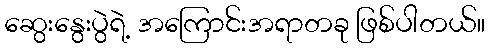
ဆွေးနွေးပွဲရဲ့ အကြောင်းအရာတခု ဖြစ်ပါတယ်။